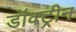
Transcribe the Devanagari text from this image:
डॉक्ट्रीन